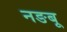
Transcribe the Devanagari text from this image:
नङबू